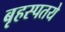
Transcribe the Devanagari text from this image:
बृहस्पतये